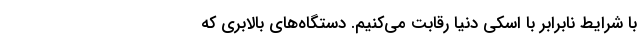
با شرایط نابرابر با اسکی دنیا رقابت می‌کنیم. دستگاه‌های بالابری که